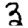
Digit: 3